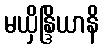
မယှိန္ဒြိယာနိ